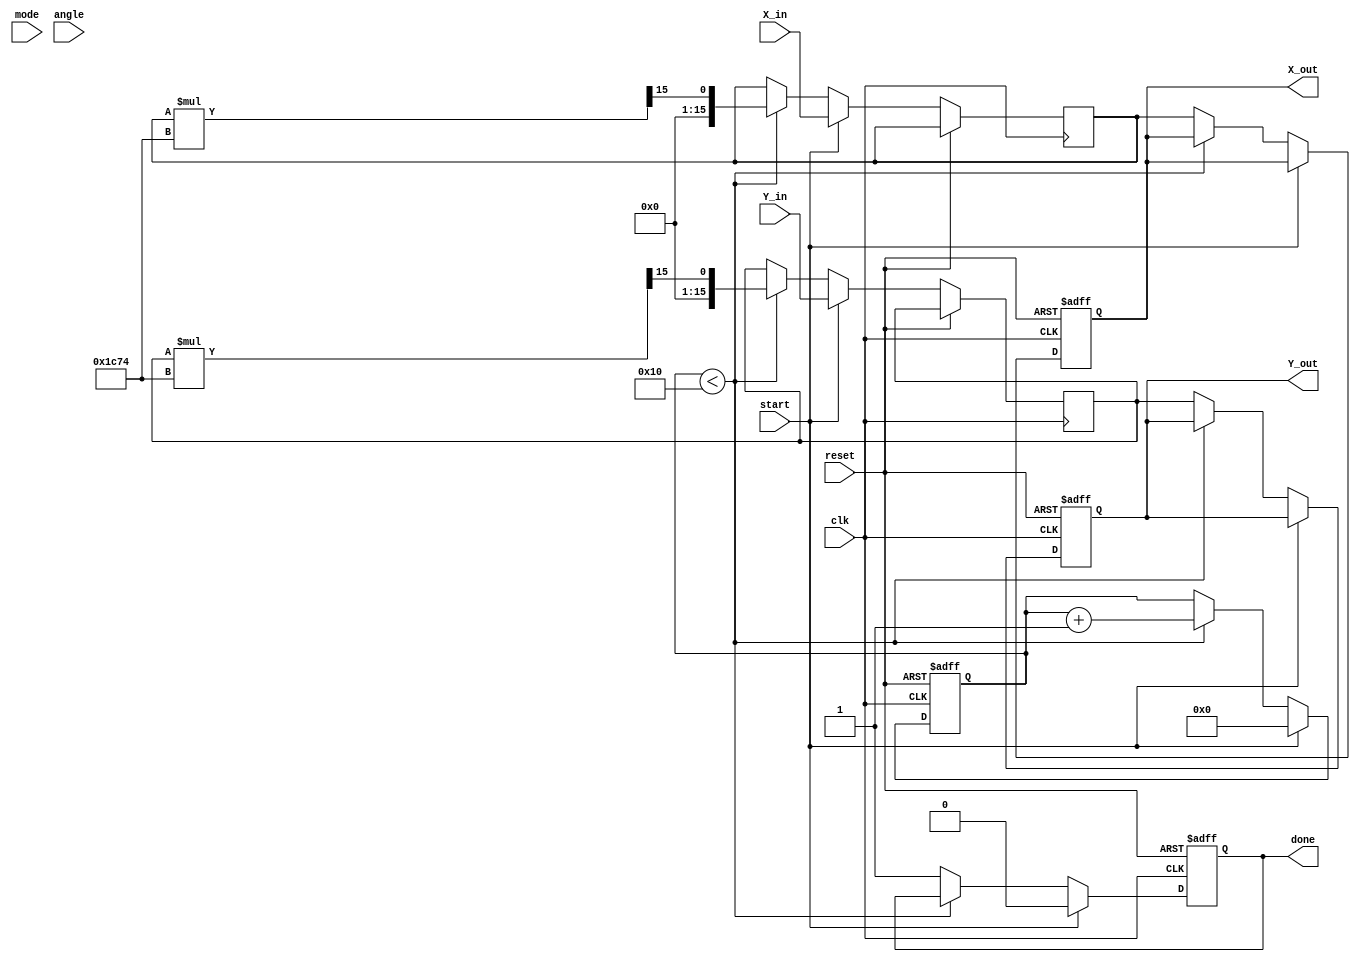
module modified_cordic #(
    parameter N = 16, // Bit-width for coordinates
    parameter ITERATIONS = 16 // Number of iterations for precision
)(
    input wire clk,
    input wire reset,
    input wire start, // Start signal for operation
    input wire mode, // 0 for circular, 1 for hyperbolic
    input wire [N-1:0] X_in, // Input X coordinate
    input wire [N-1:0] Y_in, // Input Y coordinate
    input wire [N-1:0] angle, // Input angle for rotation
    output reg [N-1:0] X_out, // Output X coordinate
    output reg [N-1:0] Y_out, // Output Y coordinate
    output reg done // Done signal
);
    reg [N-1:0] x_reg, y_reg;
    reg [N-1:0] angle_reg;
    reg [3:0] iteration; // Iteration counter
    reg [N-1:0] atan_table [0:ITERATIONS-1]; // Angle lookup table
    reg [N-1:0] scale_factor; // Scaling factor

    // Initialize the atan_table with precomputed values
    initial begin
        // Example values for atan_table (in fixed-point format)
        atan_table[0] = 16'h2000; // atan(1/1) = 45 degrees
        atan_table[1] = 16'h1333; // atan(1/3) = 18.43 degrees
        atan_table[2] = 16'h0A3D; // atan(1/7) = 8.13 degrees
        // ... (fill in the rest of the table)
    end

    // Scaling factor initialization
    initial begin
        scale_factor = 16'h1C74; // Approximation for 1/sqrt(2^n) for n=0 to 15
    end

    // Main processing block
    always @(posedge clk or posedge reset) begin
        if (reset) begin
            X_out <= 0;
            Y_out <= 0;
            done <= 0;
            iteration <= 0;
        end else if (start) begin
            x_reg <= X_in;
            y_reg <= Y_in;
            angle_reg <= angle;
            iteration <= 0;
            done <= 0;
        end else if (iteration < ITERATIONS) begin
            // CORDIC rotation logic
            if (angle_reg >= 0) begin
                x_reg <= x_reg - (y_reg >> iteration);
                y_reg <= y_reg + (x_reg >> iteration);
                angle_reg <= angle_reg - atan_table[iteration];
            end else begin
                x_reg <= x_reg + (y_reg >> iteration);
                y_reg <= y_reg - (x_reg >> iteration);
                angle_reg <= angle_reg + atan_table[iteration];
            end
            // Apply scaling factor
            x_reg <= (x_reg * scale_factor) >> 15; // Adjust based on fixed-point representation
            y_reg <= (y_reg * scale_factor) >> 15; // Adjust based on fixed-point representation

            iteration <= iteration + 1;
        end else begin
            X_out <= x_reg;
            Y_out <= y_reg;
            done <= 1; // Signal completion
        end
    end
endmodule